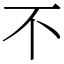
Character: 不